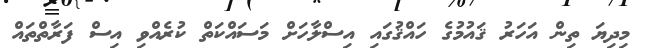
މިދިޔަ ތިން އަހަރު ޤައުމުގެ ހައްޤުގައި އިސްލާހަށް މަސައްކަތް ކުރެއްވި އިސް ފަރާތްތައް